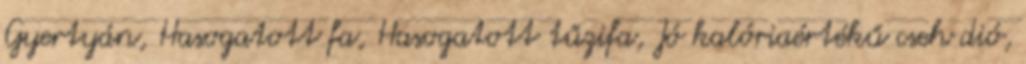
Gyertyán, Hasogatott fa, Hasogatott tűzifa, Jó kalóriaértékű cseh dió,